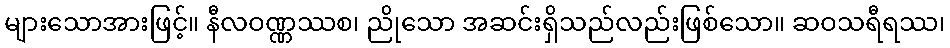
များသောအားဖြင့်။ နီလဝဏ္ဏဿစ၊ ညိုသော အဆင်းရှိသည်လည်းဖြစ်သော။ ဆဝသရီရဿ၊